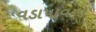
વડાપાવના